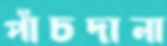
পাঁচদানা